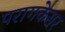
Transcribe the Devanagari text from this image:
परागकेसर